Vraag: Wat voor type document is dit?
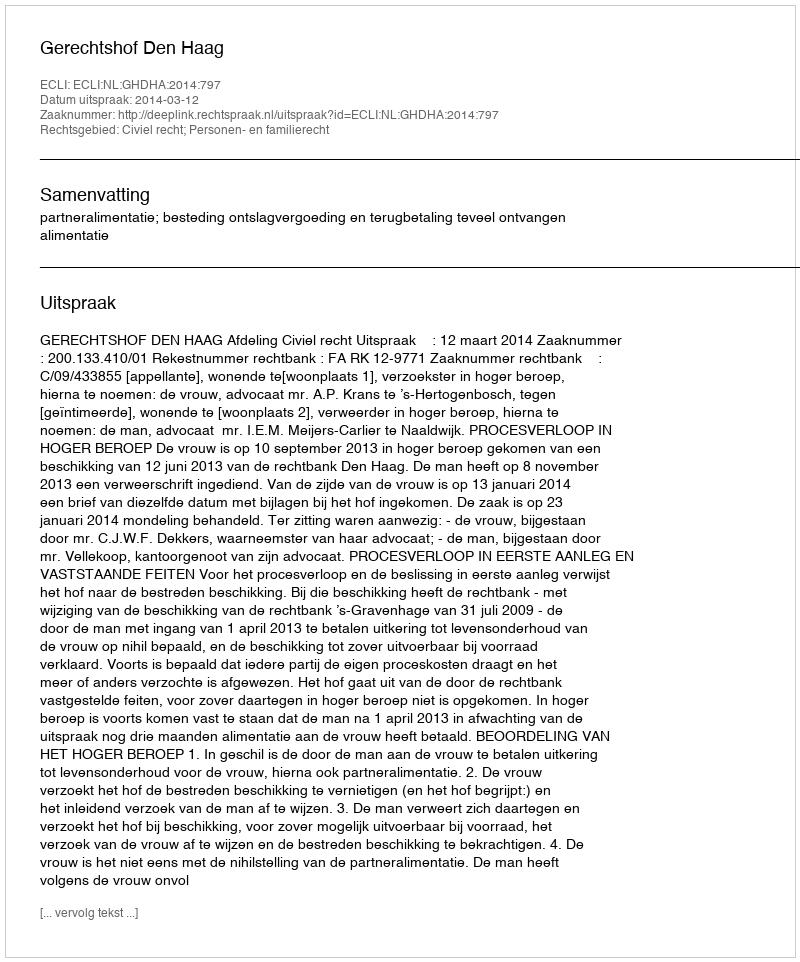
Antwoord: Uitspraak